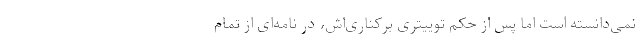
نمی‌دانسته است اما پس از حکم توییتری برکناری‌اش، در نامه‌ای از تمام